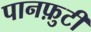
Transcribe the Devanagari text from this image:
पानफ़ुटी